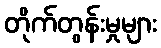
တိုက်တွန်းမှုများ